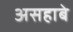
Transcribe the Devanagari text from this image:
असहाबे